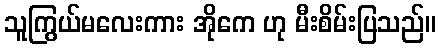
သူကြွယ်မလေးကား အိုကေ ဟု မီးစိမ်းပြသည်။